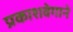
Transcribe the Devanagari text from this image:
प्रकाशवेगाने